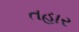
તહાર